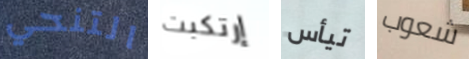
التنحي إرتكبت تيأس شعوب